Report of the Indian Hemp Drugs Commission, 1894-1895 - Volume V
Year: 1894
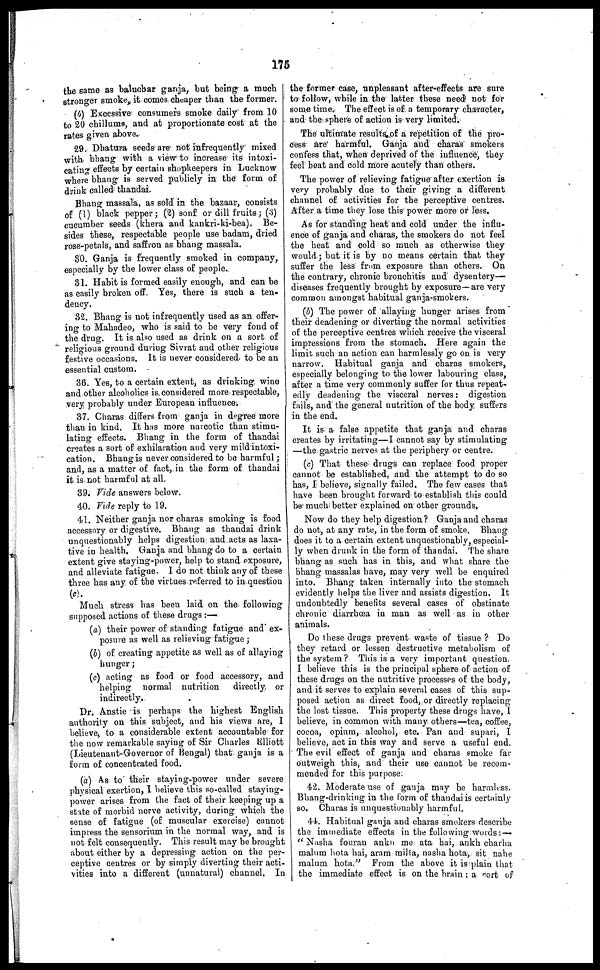
175
the same as balucbar ganja, but being a much
stronger smoke, it comes cheaper than the former.
(b) Excessive consumers smoke daily from 10
to 20 chillums, and at proportionate cost at the
rates given above.
29. Dhatura seeds are not infrequently mixed
with bhang with a view to increase its intoxi-
cating effects by certain shopkeepers in Lucknow
where bhang is served publicly in the form of
drink called thandai.
Bhang massala, as sold in the bazaar, consists
of (1) black pepper; (2) sonf or dill fruits; (3)
cucumber seeds (khera and kankri-ki-bea), Be-
sides these, respectable people use badam, dried
rose-petals, and saffron as bhang massala.
30. Ganja is frequently smoked in company,
especially by the lower class of people.
31. Habit is formed easily enough, and can be
as easily broken off. Yes, there is such a ten-
dency.
32. Bhang is not infrequently used as an offer-
ing to Mahadeo, who is said to be very fond of
the drug. It is also used as drink on a sort of
religious ground during Sivrat and other religious
festive occasions. It is never considered to be an
essential custom.
36. Yes, to a certain extent, as drinking wine
and other alcoholics is. considered more respectable,
very probably under European influence.
37. Charas differs from ganja in degree more
than in kind. It has more narcotic than stimu-
lating effects. Bhang in the form of thandai
creates a sort of exhilaration and very mild intoxi-
cation. Bhaug is never considered to be harmful;
and, as a matter of fact, in the form of thandai
it is not harmful at all.
39. Vide answers below.
40. Vide reply to 19.
41. Neither ganja nor charas smoking is food
accessory or digestive. Bhang as thandai drink
unquestionably helps digestion and acts as laxa-
tive in health. Ganja and bhang do to a certain
extent give staying-power, help to stand exposure,
and alleviate fatigue. I do not think any of these
three has any of the virtues referred to in question
Much stress has been laid on the following
supposed actions of these drugs:—
(a) their power of standing fatigue and ex-
posure as well as relieving fatigue;
(b) of creating appetite as well as of allaying
hunger;
(c) acting as food or food accessory, and
helping normal nutrition
directly or
indirectly.
Dr. Anstie is perhaps the highest English
authority on this subject, and his views are, I
believe, to a considerable extent accountable for
the now remarkable saying of Sir Charles Elliott
(Lieutenant-Governor of Bengal) that ganja is a
form of concentrated food.
(a) As to their staying-power under severe
physical exertion, I believe this so-called staying-
power arises from the fact of their keeping up a
state of morbid nerve activity, during which the
sense of fatigue (of muscular exercise) cannot
impress the sensorium in the normal way, and is
not felt consequently. This result may be brought
about either by a depressing action on the per-
ceptive centres or by simply diverting their acti-
vities into a different (unnatural) channel. In
the former case, unpleasant after-effects are sure
to follow, while in the latter these need not for
some time. The effect is of a temporary character,
and the sphere of action is very limited.
The ultimate results of a repetition of the pro-
cess are harmful. Ganja and charas smokers
confess that, when deprived of the influence, they
feel beat and cold more acutely than others.
The power of relieving fatigue after exertion is
very probably due to their giving a different
channel of activities for the perceptive centres.
After a time they lose this power more or less.
As for standing heat and cold under the influ-
ence of ganja and charas, the smokers do not feel
the heat and cold so much as otherwise they
would; but it is by no means certain that they
suffer the less from exposure than others. On
the contrary, chronic bronchitis and dysentery—
diseases frequently brought by exposure—are very
common amongst habitual ganja-smokers.
(b) The power of allaying hunger arises from
their deadening or diverting the normal activities
of the perceptive centres which receive the visceral
impressions from the stomach. Here again the
limit such an action can harmlessly go on is very
narrow. Habitual ganja and charas smokers,
especially belonging to the lower labouring class,
after a time very commonly suffer for thus repeat-
edly deadening the visceral nerves: digestion
fails, and the general nutrition of the body suffers
in the end.
It is a false appetite that ganja and charas
creates by irritating—I cannot say by stimulating
—the gastric nerves at the periphery or centre.
(c) That these drugs can replace food proper
cannot be established, and the attempt to do so
has, I believe, signally failed. The few cases that
have been brought forward to establish this could
be much better explained on other grounds.
Now do they help digestion? Ganja and charas
do not, at any rate, in the form of smoke. Bhang
does it to a certain extent unquestionably, especial-
ly when drunk in the form of thandai. The share
bhang as such has in this, and what share the
bhang massalas have, may very well be enquired
into. Bhang taken internally into the stomach
evidently helps the liver and assists digestion. It
undoubtedly benefits several cases of obstinate
chronic diarrhœa in man as well as in other
animals.
Do these drugs prevent waste of tissue? Do
they retard or lessen destructive metabolism of
the system? This is a very important question.
I believe this is the principal sphere of action of
these drugs on the nutritive processes of the body,
and it serves to explain several cases of this sup-
posed action as direct food, or directly replacing
the lost tissue. This property these drugs have, I
believe, in common with many others—tea, coffee,
cocoa, opium, alcohol, etc. Pan and supari, I
believe, act in this way and serve a useful end.
The evil effect of ganja and charas smoke far
outweigh this, and their use cannot be recom-
mended for this purpose.
42. Moderate use of ganja may be harmless.
Bhang-drinking in the form of thandai is certainly
so. Charas is unquestionably harmful.
44. Habitual ganja and charas smokers describe
the immediate effects in the following words:—
"Nasha fouran ankn me ata hai, ankh charha
malum hota hai, aram milta, nasha hota, sit nahe
malum hota." From the above it is plain that
the immediate effect is on the brain: a sort of